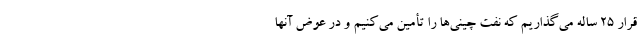
قرار 25 ساله می‌گذاریم که نفت چینی‌ها را تأمین می‌‌کنیم و در عوض آنها